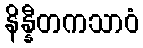
နိန္နီတကသာဝံ